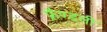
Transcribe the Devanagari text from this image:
फ्रॅण्डली